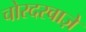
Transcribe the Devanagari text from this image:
चोरदरवाज़े